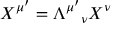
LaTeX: X ^ { \mu ^ { \prime } } = \Lambda ^ { \mu ^ { \prime } } { } _ { \nu } X ^ { \nu }